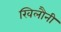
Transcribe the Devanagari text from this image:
खिलौनी